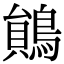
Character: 𪃰